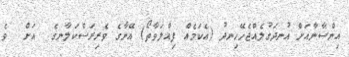
އިންސާނާއަށް އުނދަގުލެއްޖެހޭހިނދު (އެކަމެއް ފިއްލަވާތޯ) އޭނާގެ ވެރިރަސްކަލާނގެ  އަށް  ވެ